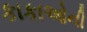
કાકાઓની